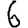
Digit: 6